65_HS1-834228961_62-HQ-83894_Section_1
Agency: FBI
Page 150
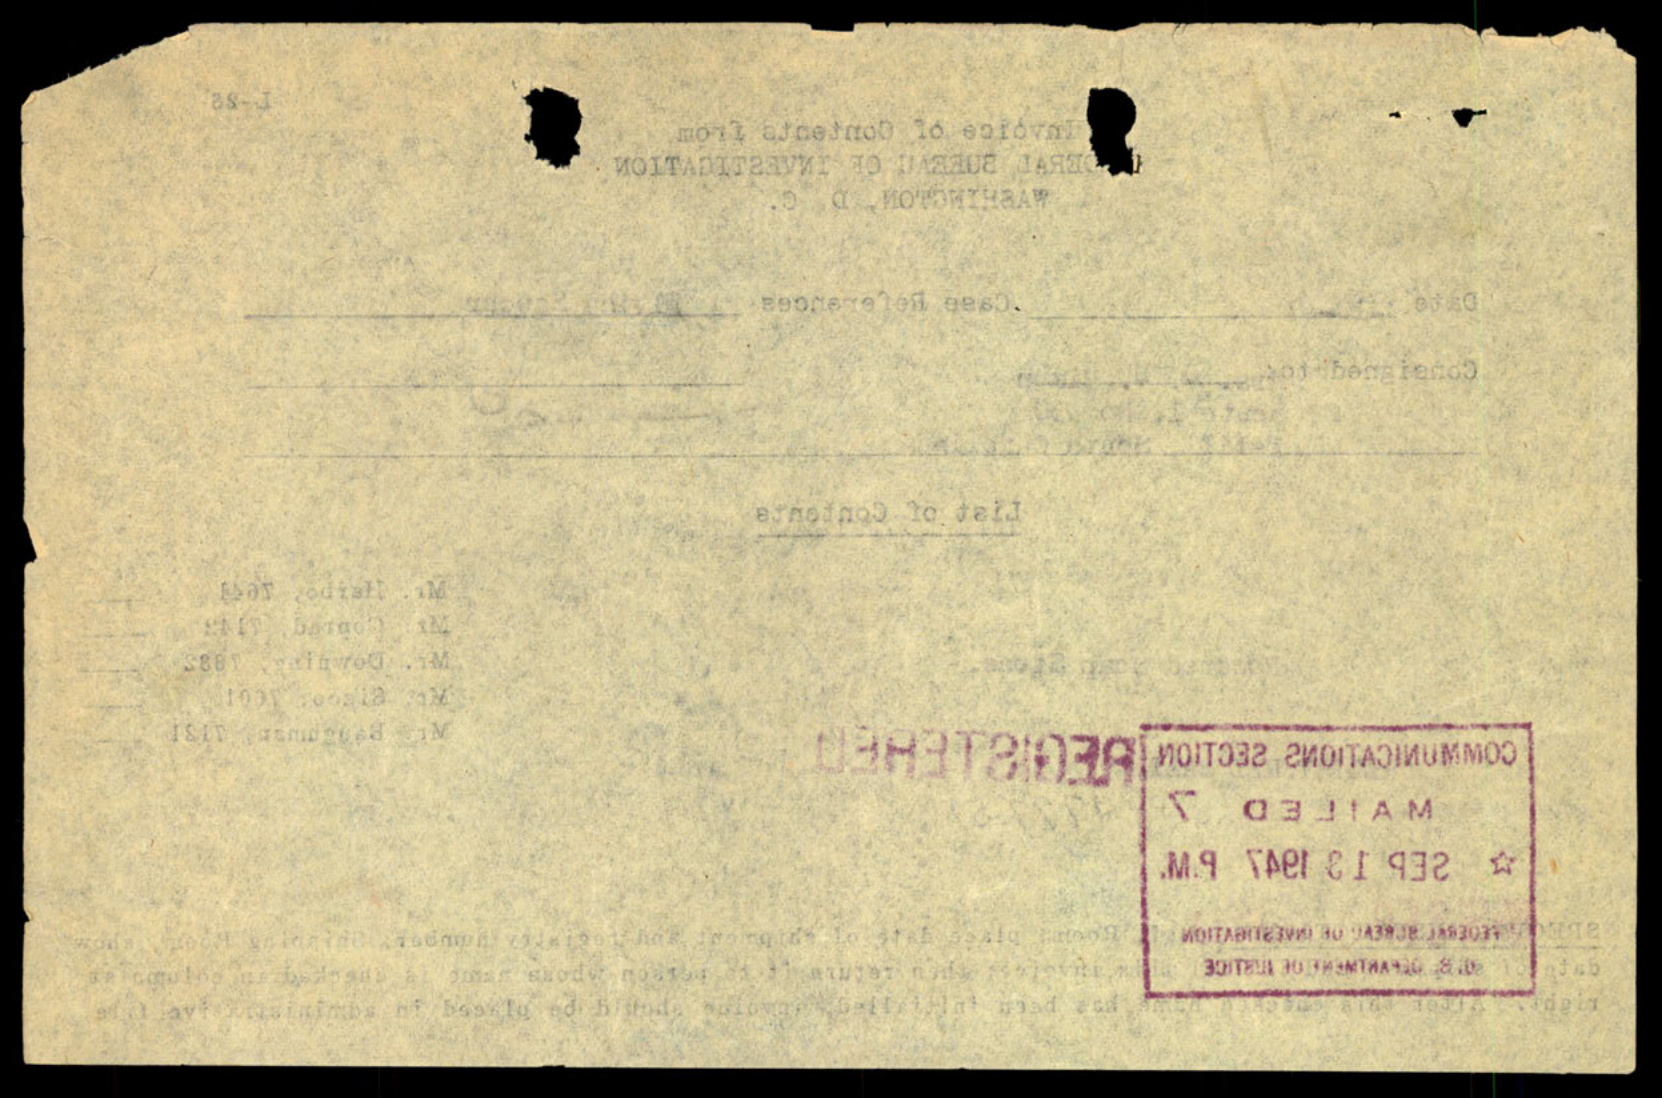